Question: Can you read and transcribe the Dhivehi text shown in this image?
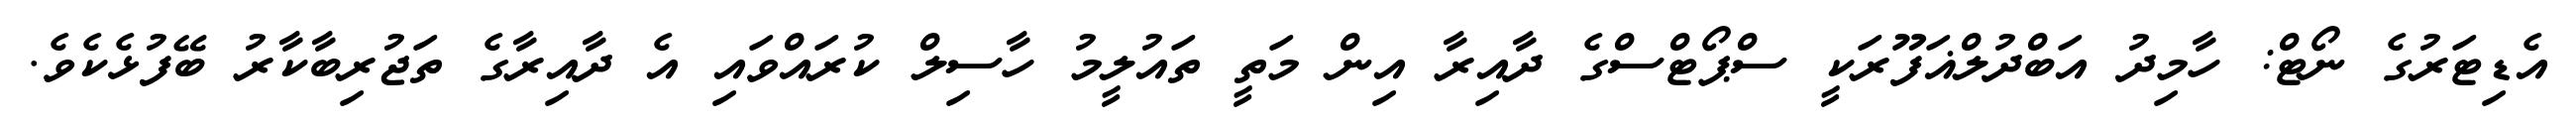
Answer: އެޑިޓަރުގެ ނޯޓް: ހާމިދު އަބްދުލްޣަފޫރަކީ ސްޕޯޓްސްގެ ދާއިރާ އިން މަތީ ތައުލީމު ހާސިލް ކުރައްވައި އެ ދާއިރާގެ ތަޖުރިބާކާރު ބޭފުޅެކެވެ.